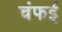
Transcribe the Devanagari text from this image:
चंफई